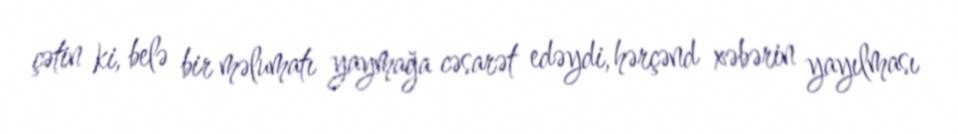
çətin ki, belə bir məlumatı yaymağa cəsarət edəydi, hərçənd xəbərin yayılması